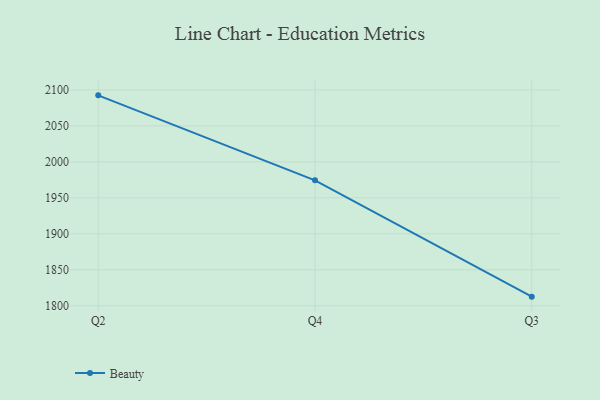
{"axis": {"x": "Quarter", "y": "Backlog"}, "legend": ["Beauty"], "data": [{"x": "Q2", "y": 2092.4, "type": "Beauty"}, {"x": "Q4", "y": 1974.3, "type": "Beauty"}, {"x": "Q3", "y": 1812.7, "type": "Beauty"}]}